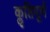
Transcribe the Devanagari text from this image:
कॢप्तिपूर्ण